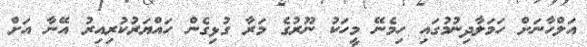
އަލްހާނަށް ހަމަލާދިނުމުގައި ހިމެނޭ މީހަކު ނޫރުގެ މަރާ ގުޅިގެން ހައްޔަރުކުރިއިރު އޭނާ އަށް